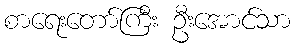
စာရေးတော်ကြီး ဦးအောင်သာ